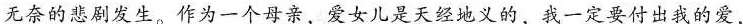
无奈的悲剧发生。作为一个母亲，爱女儿是天经地义的，我一定要付出我的爱，